Calcutta medical institutions reports 1892-1900
Year: 1892
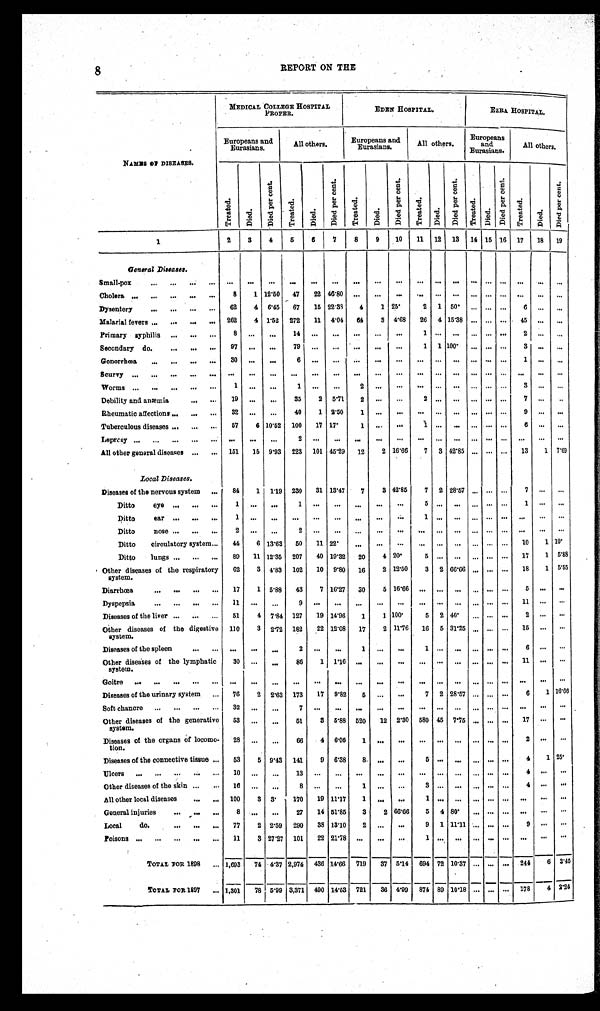
8
REPORT ON THE
MEDICAL COLLEGE HOSPITAL
PROPER .
EDEN HOSPITAL.
EZRA HOSPITAL.
NAMES OF DISEASES.
Europeans and
Eurasians.
All others.
Europeans and
Eurasians.
All others.
Europeans
and
Eurasians.
All others .
T r e a t e d .
D i e d .
Di e d P e r c e n t .
T r e a t e d .
D i e d .
D i e d P e r c e n t .
T r e a t e d .
D i e d .
D i e d P e r c e n t .
T r e a t e d .
D i e d .
D i e d P e r c e n t .
T r e a t e d .
D i e d .
D i e d P e r c e n t
T r e a t e d .
D i e d .
D i e d P e r c e n t .
1
2 3
4 5
6
7
8
9
10 11 12 13 14
1 5 16 17
1 8
19
General Diseases.
Small-pox . . .
. . .
. . . . . .
. . .
. . .
. . .
. . .
. . . . . .
. . .
. . .
. . .
. . .
. . . . . .
. . .
. . .
. . .
Cholera . . .
8
1 12.50
47
22 46.80
. . .
. . . . . .
. . .
. . . . . .
. . .
. . . . . .
. . .
. . .
. . .
D y s e n t e r y . . .
62
4 6.45
67
15 22.38
4
1 25.
2 1 50.
. . .
. . . . . .
6
. . .
. . .
Malarial fevers . . .
262
4 1.52 272
11 4.04
64
3 4.68
26 4 15.38
. . .
. . . . . .
45
. . .
. . .
Primary syphilis . . .
8
. . .
. . .
14
. . .
. . .
. . .
. . .
. . .
1
. . .
. . .
. . .
. . . . . .
2
. . .
. . .
Secondary do.
9 7
. . .
. . .
7 9 . . .
. . .
. . .
. . . . . .
1 1 100.
. . .
. . . . . .
3
. . .
. . .
Gonorrhœa . . .
30
. . .
. . .
6
. . .
. . .
. . .
. . . . . .
. . .
. . .
. . .
. . .
. . . . . .
1
. . .
. . .
Scurvy . . .
. . .
. . .
. . .
. . .
. . .
. . .
. . .
. . . . . .
. . .
. . .
. . .
. . .
. . . . . .
. . .
. . .
. . .
Worms . . .
1
. . .
. . .
1
. . .
. . .
2
. . . . . .
. . .
. . .
. . .
. . .
. . . . . .
3
. . .
. . .
Debility and anæmia . . .
19
. . .
. . . 35
2 5.71
2
. . .
. . .
2
. . .
. . .
. . .
. . . . . .
7
. . .
. . .
Rheumatic affections . . .
32
. . .
. . .
40
1 2.50
1
. . . . . .
. . .
. . . . . .
. . .
. . . . . .
9
. . .
. . .
Tuberculous diseases . . .
57
6 10.52 100
17 17.
1
. . .
. . .
1
. . .
. . .
. . .
. . . . . .
6
. . .
. . .
Leprosy . . .
. . .
. . .
. . .
2
. . .
. . .
. . .
. . . . . .
. . .
. . .
. . .
. . .
. . . . . .
. . .
. . .
. . .
All other general diseases . . .
151
15 9.93 223 101 45.29
12
2 16.66
7 3 42.85
. . .
. . . . . .
13
1 7.69
Local Diseases.
Diseases of the nervous system . . .
84
1 1.19 230
31 13.47
7
3 42.85
7 2 28.57
. . .
. . . . . .
7
. . .
. . .
D i t t o e y e . . .
1
. . . . . .
1
. . .
. . .
. . .
. . .
. . .
5
. . .
. . .
. . .
. . . . . .
1
. . .
. . .
D i t t o e a r . . .
1
. . . . . .
. . .
. . .
. . .
. . .
. . .
. . .
1
. . .
. . .
. . .
. . . . . .
. . .
. . .
. . .
Ditto nose . . .
2
. . . . . .
2
. . .
. . .
. . .
. . .
. . .
. . .
. . .
. . .
. . . . . .
. . .
. . .
. . .
Ditto circulatory system . . .
44
6 13.63
50
11 22.
. . .
. . .
. . .
. . .
. . . . . .
. . .
. . . . . .
10
1 1 0 .
Ditto lungs . . .
89
11 12.35 207
40 19.32
20
4 20.
5
. . . . . .
. . .
. . . . . .
17
1 5 . 8 8
Other diseases of the respiratory
system.
62
3 4.83 102
10 9.80 16
2 12.50
3 2 66.66
. . .
. . . . . .
18
1 5 . 5 5
Diarrhœa . . .
17
1 5.88
43
7 16.27 30
5 16.66
. . .
. . . . . .
. . . . . . . . .
5
. . .
. . .
Dyspepsia . . .
1 1
. . .
. . .
9
. . .
. . .
. . .
. . .
. . .
. . .
. . .
. . .
. . .
. . . . . .
1 1
. . .
. . .
Diseases of the liver . . .
51
4 7.84 127
19 14.96
1
1 100.
5 2 40.
. . .
. . . . . .
2
. . .
. . .
Other diseases of the digestive
system.
110
3 2.72 182
22 12.08
17
2 11.76
16 5 31.25
. . . . . . . . .
15
. . .
. . .
Diseases of the spleen . . .
. . .
. . . . . .
2
. . .
. . .
1
. . .
. . .
1
. . .
. . .
. . .
. . . . . .
6
. . .
. . .
Other diseases of the lymphatic
system.
30
. . .
. . .
86
1 1.16
. . .
. . .
. . .
. . .
. . . . . .
. . .
. . . . . .
11 . . .
. . .
G o i t r e . . .
. . .
. . . . . .
. . .
. . .
. . .
. . .
. . . . . .
. . .
. . .
. . .
. . .
. . . . . .
. . .
. . .
. . .
Diseases of the urinary system . . .
76
2 2.63 173
17 9.82
5
. . .
. . .
7 2 28.57
. . .
. . . . . .
6
1 16. 66
Soft chancre . . .
32
. . .
. . .
7
. . .
. . .
. . .
. . . . . .
. . .
. . .
. . .
. . .
. . . . . .
. . .
. . .
. . .
Other diseases of the generative
system.
5 3
. . .
. . .
51
3 5.88 520
12 2.30 580 45 7.75
. . .
. . . . . .
1 7 . . .
. . .
Diseases of the organs of locomo-
tion.
28
. . .
. . .
66
4 6.06
1
. . . . . .
. . .
. . .
. . .
. . .
. . . . . .
2 . . .
. . .
Diseases of the connective tissue . . .
53
5 9.43 141
9 6.38
8
. . .
. . .
5
. . . . . .
. . . . . . . . .
4
1 2 5 .
Ulcers . . .
10
. . .
. . . 13
. . .
. . .
. . .
. . .
. . .
. . .
. . . . . .
. . .
. . . . . .
4
. . .
. . .
Other diseases of the skin . . .
16
. . .
. . .
8
. . .
. . .
1
. . . . . .
3
. . .
. . .
. . .
. . . . . .
4
. . .
. . .
All other local diseases . . .
100
3 3.
170
19 11.17
1
. . .
. . .
1
. . .
. . .
. . .
. . . . . .
. . .
. . .
. . .
General injuries . . .
8
. . . . . . 27
14 51.85
3
2 66.66
5 4 80.
. . .
. . . . . .
. . .
. . .
. . .
Local
do. . . .
77
2 2.59 290
38 13.10
2
. . .
. . .
9 1 11.11
. . .
. . . . . .
9 . . .
. . .
Poisons . . .
11
3 27.27 101
22 21.78
. . .
. . .
. . .
1
. . .
. . .
. . .
. . . . . .
. . .
. . .
. . .
TOTAL FOR 1898 . . . 1,693
74 4.37 2,974 436 14.66 719
37 5.14 694
7 2
10.37
. . .
. . .
. . . 244
6 2.45
TOTAL FOR 1897 . . . 1,301
78 5.99 3,371 490 14.53 721
36 4.99 874 89 10.18
. . .
. . . . . . 178
4 2.24